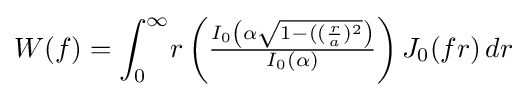
W(f)=\int _{0}^{\infty }\!r\left({\tfrac {I_{0}\left(\alpha {\sqrt {1-(({\frac {r}{a}})^{2}}}\right)}{I_{0}(\alpha )}}\right)J_{0}(fr)\,dr